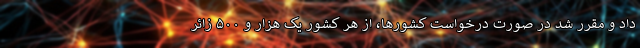
داد و مقرر شد در صورت درخواست کشورها، از هر کشور یک هزار و ۵۰۰ زائر